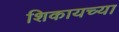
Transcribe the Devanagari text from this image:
शिकायच्या